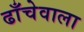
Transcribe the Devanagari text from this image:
ढाँचेवाला